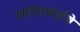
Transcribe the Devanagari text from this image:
संगीताबाईंचे